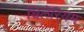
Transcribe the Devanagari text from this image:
थ्रिलेरियम